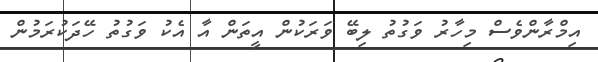
އިމްރާންވެސް މިހާރު ވަގުތު ލިބޭ ވަރަކުން އީތަން އާ އެކު ވަގުުތު ހޭދަކުރަމުން